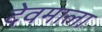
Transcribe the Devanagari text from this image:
देवमाला